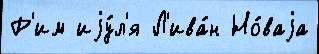
Р'им иjу́л'я Л'ива́н Но́ваjа